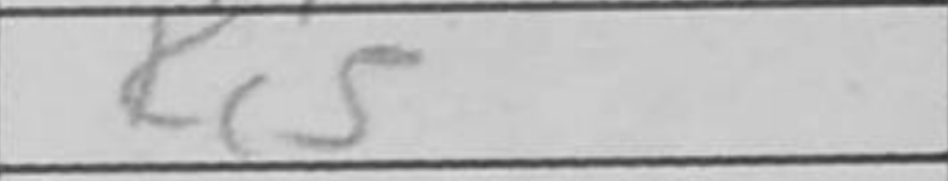
Transcription: Kc5